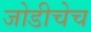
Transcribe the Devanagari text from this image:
जोडीचेच